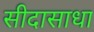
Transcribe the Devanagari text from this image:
सीदासाधा